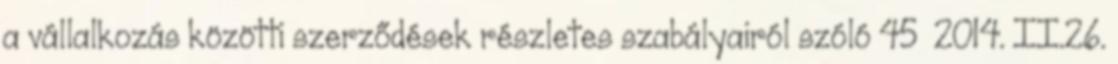
a vállalkozás közötti szerződések részletes szabályairól szóló 45 2014. II.26.